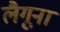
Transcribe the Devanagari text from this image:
लैगूना